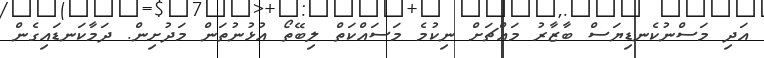
އަދި މަސްނުކެނޑިޔަސް ބާޒާރު މައްޗަށް ނިކުމެ މަސައްކަތް ލިބޭތޯ އުޅުނުތަން މަދުށިން. ދަމާކަނޑައިގެން